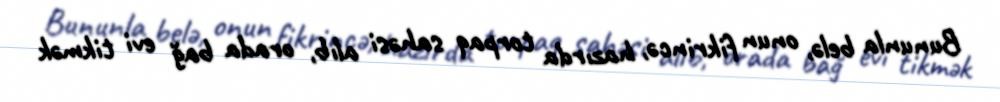
Bununla belə, onun fikrincə, hazırda torpaq sahəsi alıb, orada bağ evi tikmək